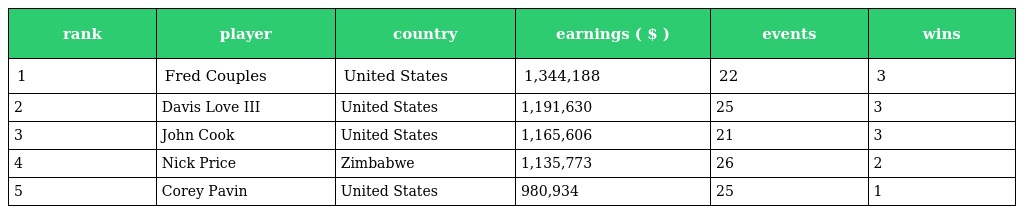
| rank | player | country | earnings ( $ ) | events | wins |
 | --- | --- | --- | --- | --- | --- |
 | 1 | Fred Couples | United States | 1,344,188 | 22 | 3 |
 | 2 | Davis Love III | United States | 1,191,630 | 25 | 3 |
 | 3 | John Cook | United States | 1,165,606 | 21 | 3 |
 | 4 | Nick Price | Zimbabwe | 1,135,773 | 26 | 2 |
 | 5 | Corey Pavin | United States | 980,934 | 25 | 1 |